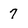
Character: 7